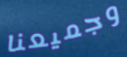
وجميعنا